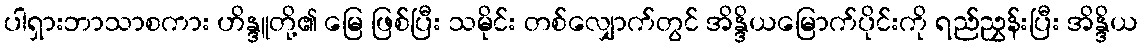
ပါရှားဘာသာစကား ဟိန္ဒူတို့၏ မြေ ဖြစ်ပြီး သမိုင်း တစ်လျှောက်တွင် အိန္ဒိယမြောက်ပိုင်းကို ရည်ညွှန်းပြီး အိန္ဒိယ